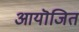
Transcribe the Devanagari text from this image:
आयॊजित